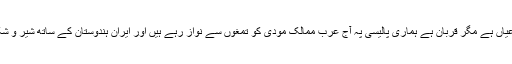
ایران و عرب کی مخاصمت روز روشن کی طرح عیاں ہے مگر قربان ہے ہماری پالیسی پہ آج عرب ممالک مودی کو تمغوں سے نواز رہے ہیں اور ایران ہندوستان کے ساتھ شیر و شکر ہے اور چاہ بہار پہ دونوں یک جان دو قالب ہیں۔